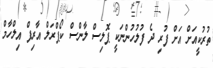
ތުރުކީއަށް އަށް ފުރި ދެ ފުލުހުންނަކީ ޕޮލިސް ލާންސް ކޯޕްރަލް އާރިފް އިލްހާމް